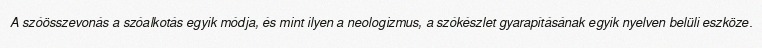
A szóösszevonás a szóalkotás egyik módja, és mint ilyen a neologizmus, a szókészlet gyarapításának egyik nyelven belüli eszköze.